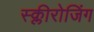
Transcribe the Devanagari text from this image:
स्क्लीरोजिंग